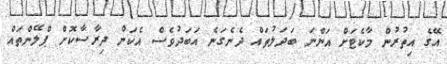
އޭގެ އިތުރުން މާކެޓަށް އަންނަ ބަދަލުތައް ދެނެގަނެ އަބަދުވެސް އެކަން ދިރާސާކޮށް ޕްލޭންތައް